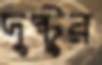
দুষ্টুর